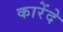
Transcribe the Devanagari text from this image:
कारेंदे